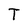
Character: T